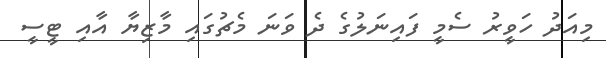
މިއަދު ހަވީރު ސެމީ ފައިނަލުގެ ދެ ވަނަ މެޗުގައި މާޒިޔާ އާއި ޓީސީ